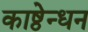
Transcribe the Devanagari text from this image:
काष्ठेन्धन